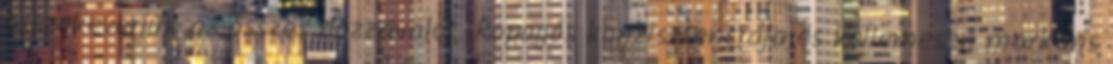
összekeverjük az összes hozzávalót. Ropogós konzisztenciája és kellemesen markáns